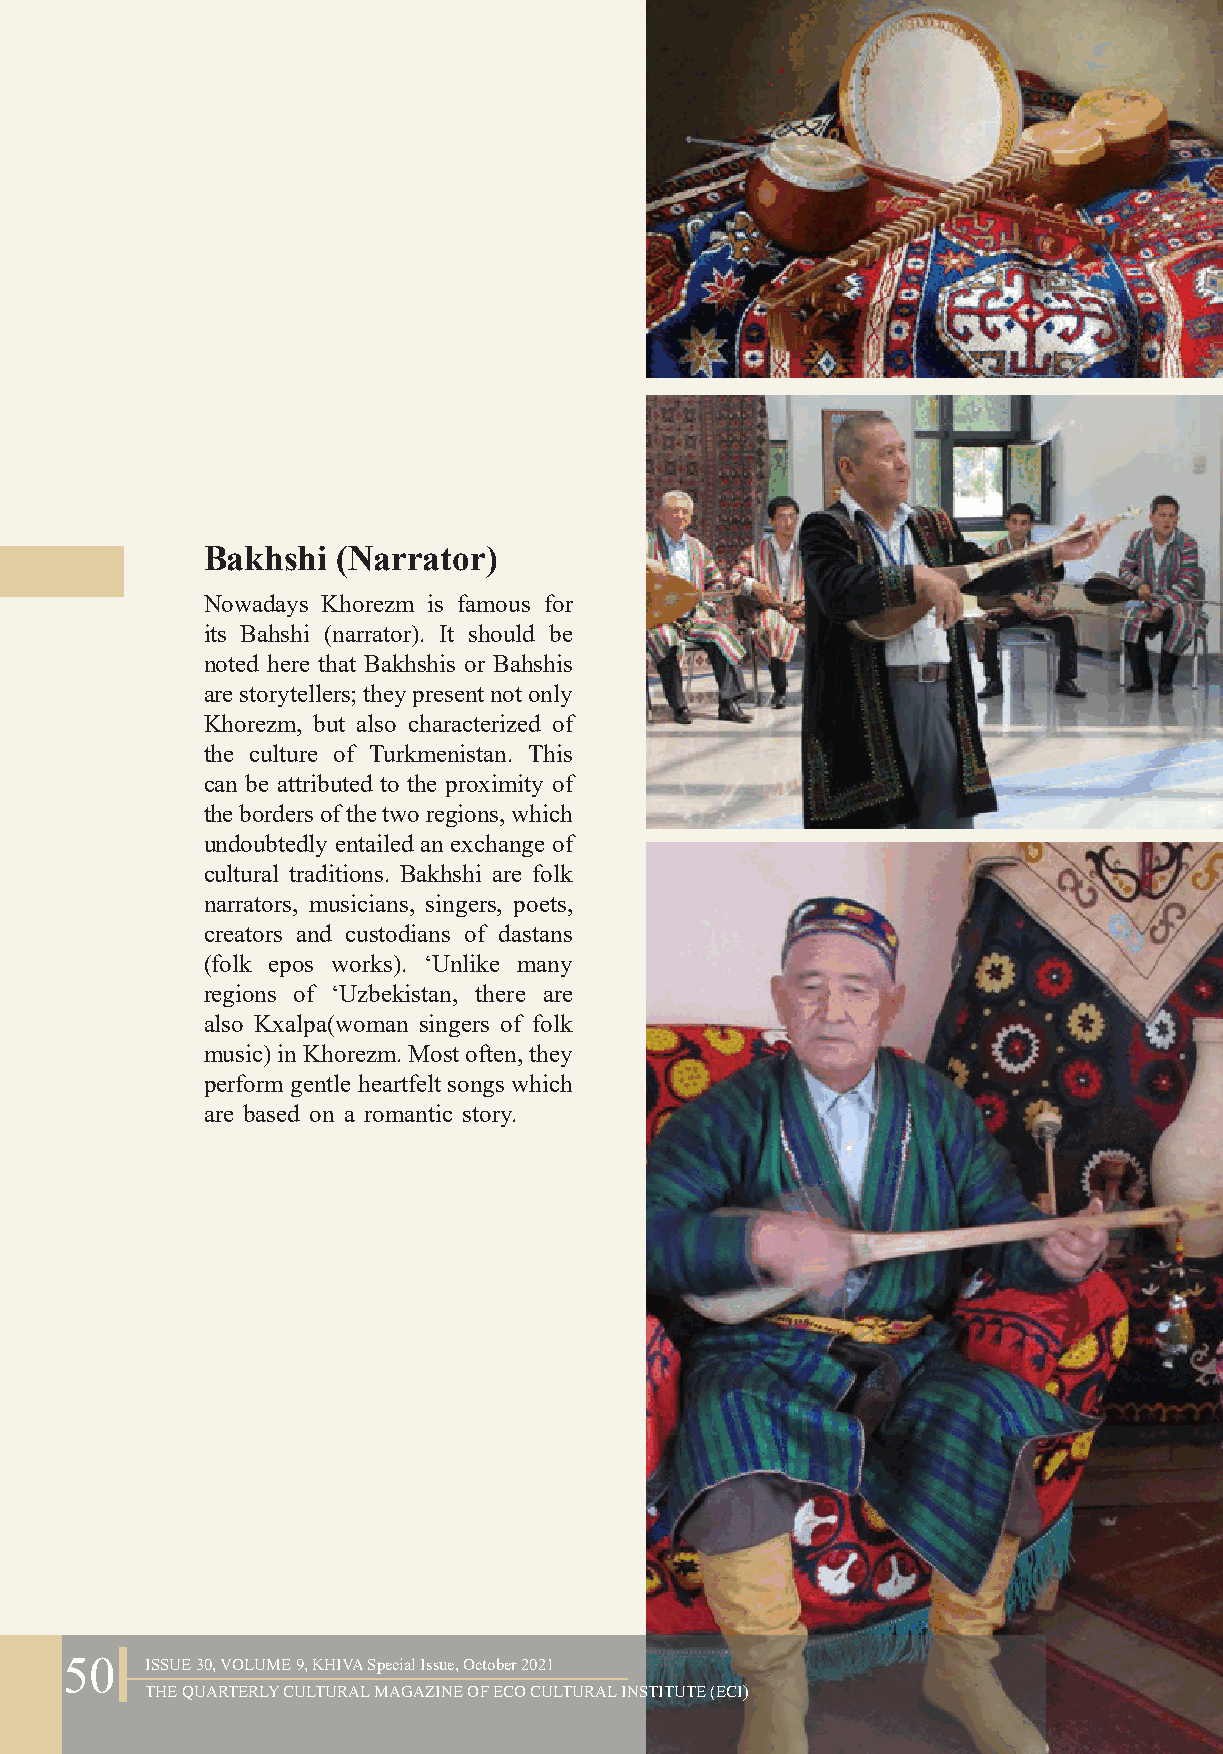
Bakhshi (Narrator)
 Nowadays Khorezm is famous for
 its Bahshi (narrator). It should be
 noted here that Bakhshis or Bahshis
 are storytellers; they present not only
 Khorezm, but also characterized of
 the culture of Turkmenistan. This
 can be attributed to the proximity of
 the borders of the two regions, which
 undoubtedly entailed an exchange of
 cultural traditions. Bakhshi are folk
 narrators, musicians, singers, poets,
 creators and custodians of dastans
 (folk epos works). ‘Unlike many
 regions of ‘Uzbekistan, there are
 also Kxalpa(woman singers of folk
 music) in Khorezm. Most often, they
 perform gentle heartfelt songs which
 are based on a romantic story.
 50    ISSUE 30, VOLUME 9, KHIVA Special Issue, October 2021
 THE QUARTERLY CULTURAL MAGAZINE OF ECO CULTURAL INSTITUTE (ECI)